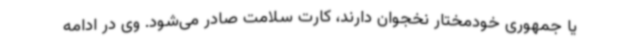
یا جمهوری خودمختار نخجوان دارند، کارت سلامت صادر می‌شود. وی در ادامه